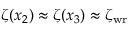
\zeta ( x _ { 2 } ) \approx \zeta ( x _ { 3 } ) \approx \zeta _ { \mathrm { w r } }